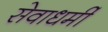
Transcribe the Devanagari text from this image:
सेवाधर्मी